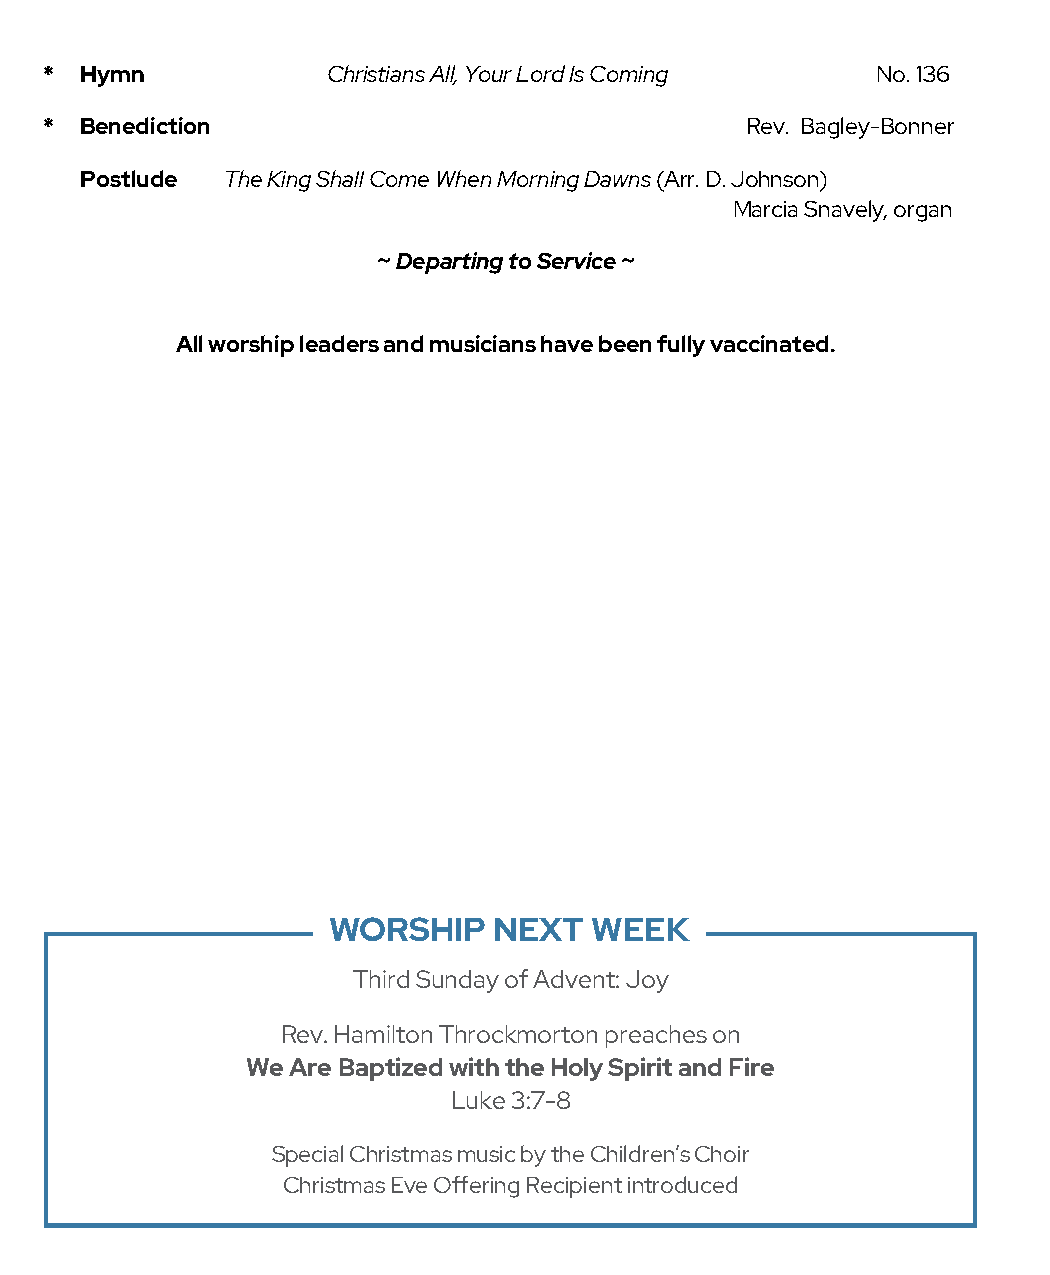
* Hymn             Christians All, Your Lord Is Coming No. 136
 * Benediction                                 Rev. Bagley-Bonner
 Postlude  The King Shall Come When Morning Dawns (Arr. D. Johnson)
 Marcia Snavely, organ
 ~ Departing to Service ~
 All worship leaders and musicians have been fully vaccinated.
 WORSHIP    NEXT  WEEK
 Third Sunday of Advent: Joy
 Rev. Hamilton Throckmorton preaches on
 We Are Baptized with the Holy Spirit and Fire
 Luke 3:7-8
 Special Christmas music by the Children’s Choir
 Christmas Eve Offering Recipient introduced